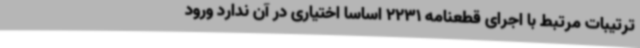
ترتیبات مرتبط با اجرای قطعنامه 2231 اساسا اختیاری در آن ندارد ورود